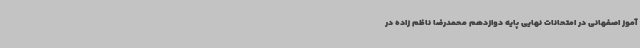
آموز اصفهانی در امتحانات نهایی پایه دوازدهم محمدرضا ناظم زاده در